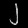
Digit: ၂